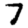
Digit: 7